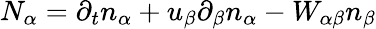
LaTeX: N_{\alpha}=\partial_{t}n_{\alpha}+u_{\beta}\partial_{\beta}n_{\alpha}-W_{\alpha\beta}n_{\beta}